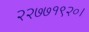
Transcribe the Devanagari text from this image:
२२७७१९२०।